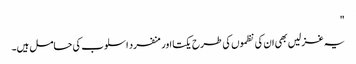
"
یہ غزلیں بھی ان کی نظموں کی طرح یکتا اور منفرد اسلوب کی حامل ہیں۔